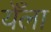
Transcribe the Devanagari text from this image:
येँला